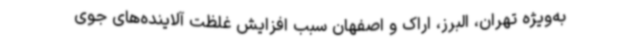
به‌ویژه تهران، البرز، اراک و اصفهان سبب افزایش غلظت آلاینده‌های جوی